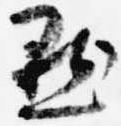
点